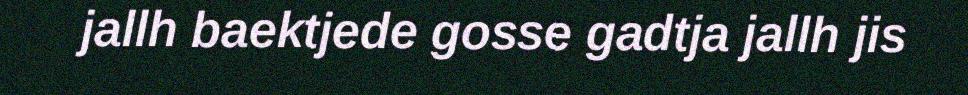
jallh baektjede gosse gadtja jallh jis